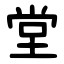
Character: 堂